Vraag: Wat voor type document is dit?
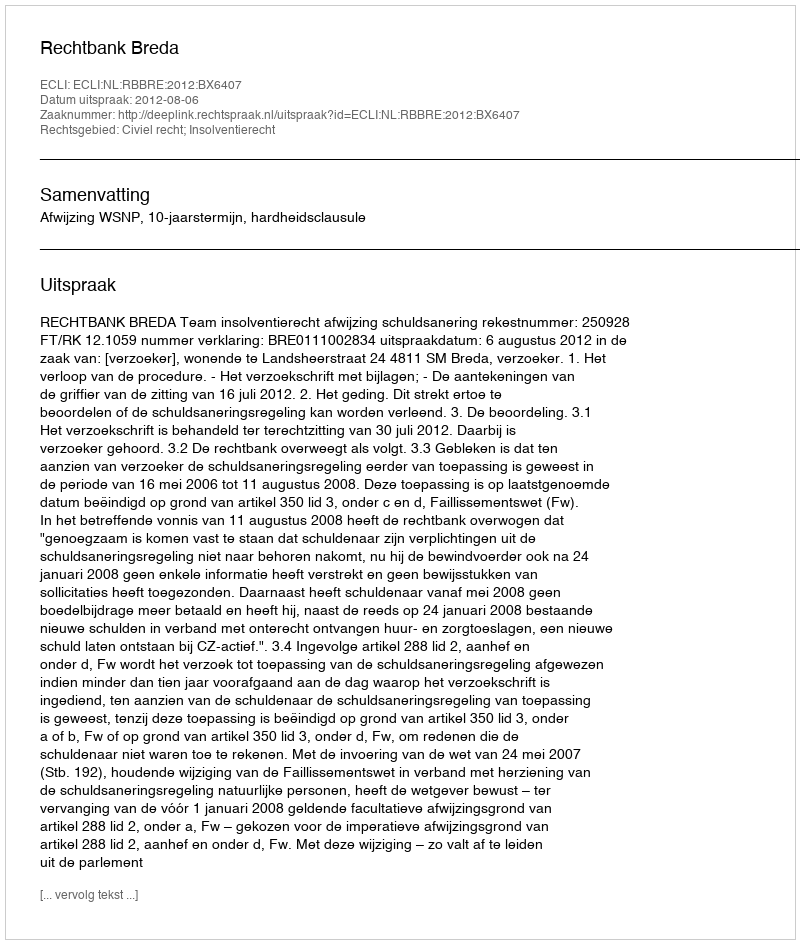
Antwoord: Uitspraak